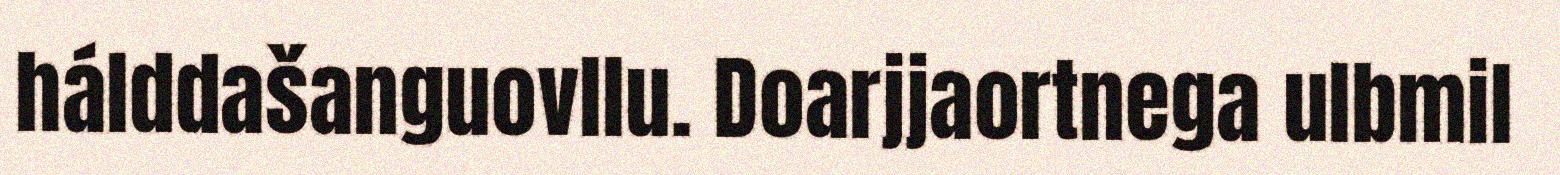
hálddašanguovllu. Doarjjaortnega ulbmil